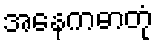
အနေကဓာတုံ